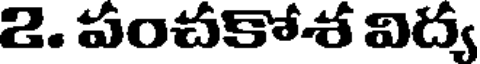
2. పంచకోశ విద్య